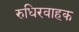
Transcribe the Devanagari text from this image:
रुधिरवाहक